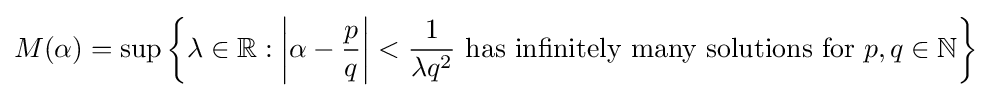
M(\alpha )=\sup \left\{\lambda \in \mathbb {R} :\left\vert \alpha -{\frac {p}{q}}\right\vert <{\frac {1}{\lambda q^{2}}}{\text{ has infinitely many solutions for }}p,q\in \mathbb {N} \right\}